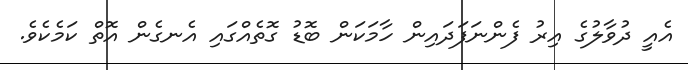
އެއީ ދުވާލުގެ އިރު ފެންނަފަދައިން ހާމަކަން ބޮޑު ގޮތެއްގައި އެނގެން އޮތް ކަމެކެވެ.